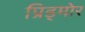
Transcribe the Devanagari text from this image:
प्रिड्मोर